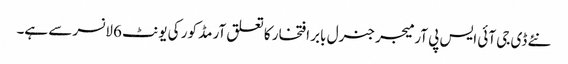
نئے ڈی جی آئی ایس پی آر میجر جنرل بابر افتخار کا تعلق آرمڈ کور کی یونٹ 6 لانسر سے ہے۔